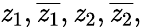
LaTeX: \mathit{z}_{1},{\overline{{{\mathit{z}_{1}}}}},\mathit{z}_{2},{\overline{{{\mathit{z}_{2}}}}},